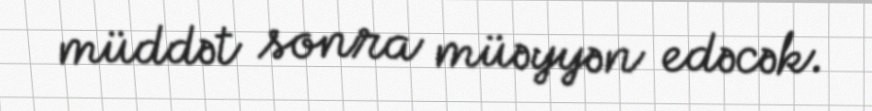
müddət sonra müəyyən edəcək.